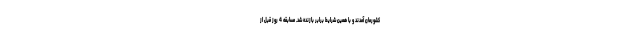
کشورمان آمدند و با همین شرایط برابر بازنده شد. مسابقه 4 روز قبل از